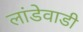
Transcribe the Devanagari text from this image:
लांडेवाडी